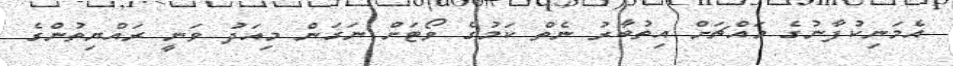
އެމަނިކުފާނުގެ މައްޗަށް އިތުބާރު ނެތް ކަމުގެ ވޯޓަށް ނަގަން މިއަދު ވަނީ ރައްޔިތުންގެ